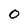
Character: 0